Report of the Bombay Veterinary College
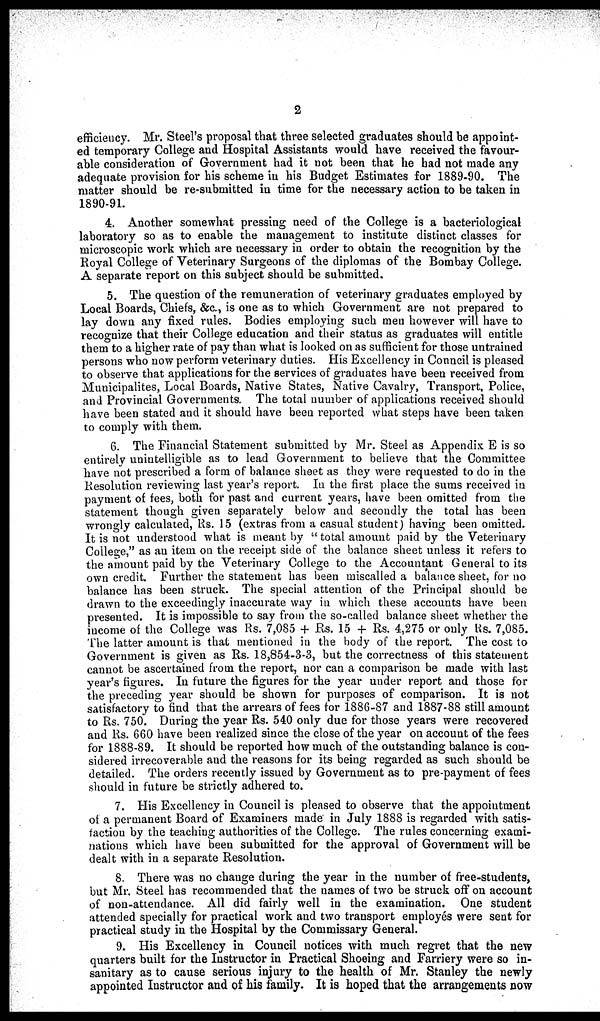
2
efficiency. Mr. Steel's proposal that three selected graduates should be appoint-
ed temporary College and Hospital Assistants would have received the favour-
able consideration of Government had it not been that he had not made any
adequate provision for his scheme in his Budget Estimates for 1889-90. The
matter should be re-submitted in time for the necessary action to be taken in
1890-91.
4. Another somewhat pressing need of the College is a bacteriological
laboratory so as to enable the management to institute distinct classes for
microscopic work which are necessary in order to obtain the recognition by the
Royal College of Veterinary Surgeons of the diplomas of the Bombay College.
A separate report on this subject should be submitted.
5. The question of the remuneration of veterinary graduates employed by
Local Boards, Chiefs, &c., is one as to which Government are not prepared to
lay down any fixed rules. Bodies employing such men however will have to
recognize that their College education and their status as graduates will entitle
them to a higher rate of pay than what is looked on as sufficient for those untrained
persons who now perform veterinary duties. His Excellency in Council is pleased
to observe that applications for the services of graduates have been received from
Municipalites, Local Boards, Native States, Native Cavalry, Transport, Police,
and Provincial Governments. The total number of applications received should
have been stated and it should have been reported what steps have been taken
to comply with them.
6. The Financial Statement submitted by Mr. Steel as Appendix E is so
entirely unintelligible as to lead Government to believe that the Committee
have not prescribed a form of balance sheet as they were requested to do in the
Resolution reviewing last year's report. In the first place the sums received in
payment of fees, both for past and current years, have been omitted from the
statement though given separately below and secondly the total has been
wrongly calculated, Rs. 15 (extras from a casual student) having been omitted.
It is not understood what is meant by " total amount paid by the Veterinary
College," as an item on the receipt side of the balance sheet unless it refers to
the amount paid by the Veterinary College to the Accountant General to its
own credit. Further the statement has been miscalled a balance sheet, for no
balance has been struck. The special attention of the Principal should be
drawn to the exceedingly inaccurate way in which these accounts have been
presented. It is impossible to say from the so-called balance sheet whether the
income of the College was Rs. 7,085 + Rs. 15 + Rs. 4,275 or only Rs. 7,085.
The latter amount is that mentioned in the body of the report. The cost to
Government is given as Rs. 18,854-3-3, but the correctness of this statement
cannot be ascertained from the report, nor can a comparison be made with last
year's figures. In future the figures for the year under report and those for
the preceding year should be shown for purposes of comparison. It is not
satisfactory to find that the arrears of fees for 1886-87 and 1887-88 still amount
to Rs. 750. During the year Rs. 540 only due for those years were recovered
and Rs. 660 have been realized since the close of the year on account of the fees
for 1888-89. It should be reported how much of the outstanding balance is con-
sidered irrecoverable and the reasons for its being regarded as such should be
detailed. The orders recently issued by Government as to pre-payment of fees
should in future be strictly adhered to.
7. His Excellency in Council is pleased to observe that the appointment
of a permanent Board of Examiners made in July 1888 is regarded with satis-
faction by the teaching authorities of the College. The rules concerning exami-
nations which have been submitted for the approval of Government will be
dealt with in a separate Resolution.
8. There was no change during the year in the number of free-students,
but Mr. Steel has recommended that the names of two be struck off on account
of non-attendance. All did fairly well in the examination. One student
attended specially for practical work and two transport employés were sent for
practical study in the Hospital by the Commissary General.
9. His Excellency in Council notices with much regret that the new
quarters built for the Instructor in Practical Shoeing and Farriery were so in-
sanitary as to cause serious injury to the health of Mr. Stanley the newly
appointed Instructor and of his family. It is hoped that the arrangements now